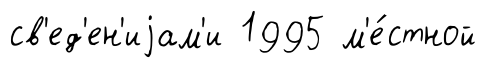
св'ед'ен'иjам'и 1995 м'е́стной